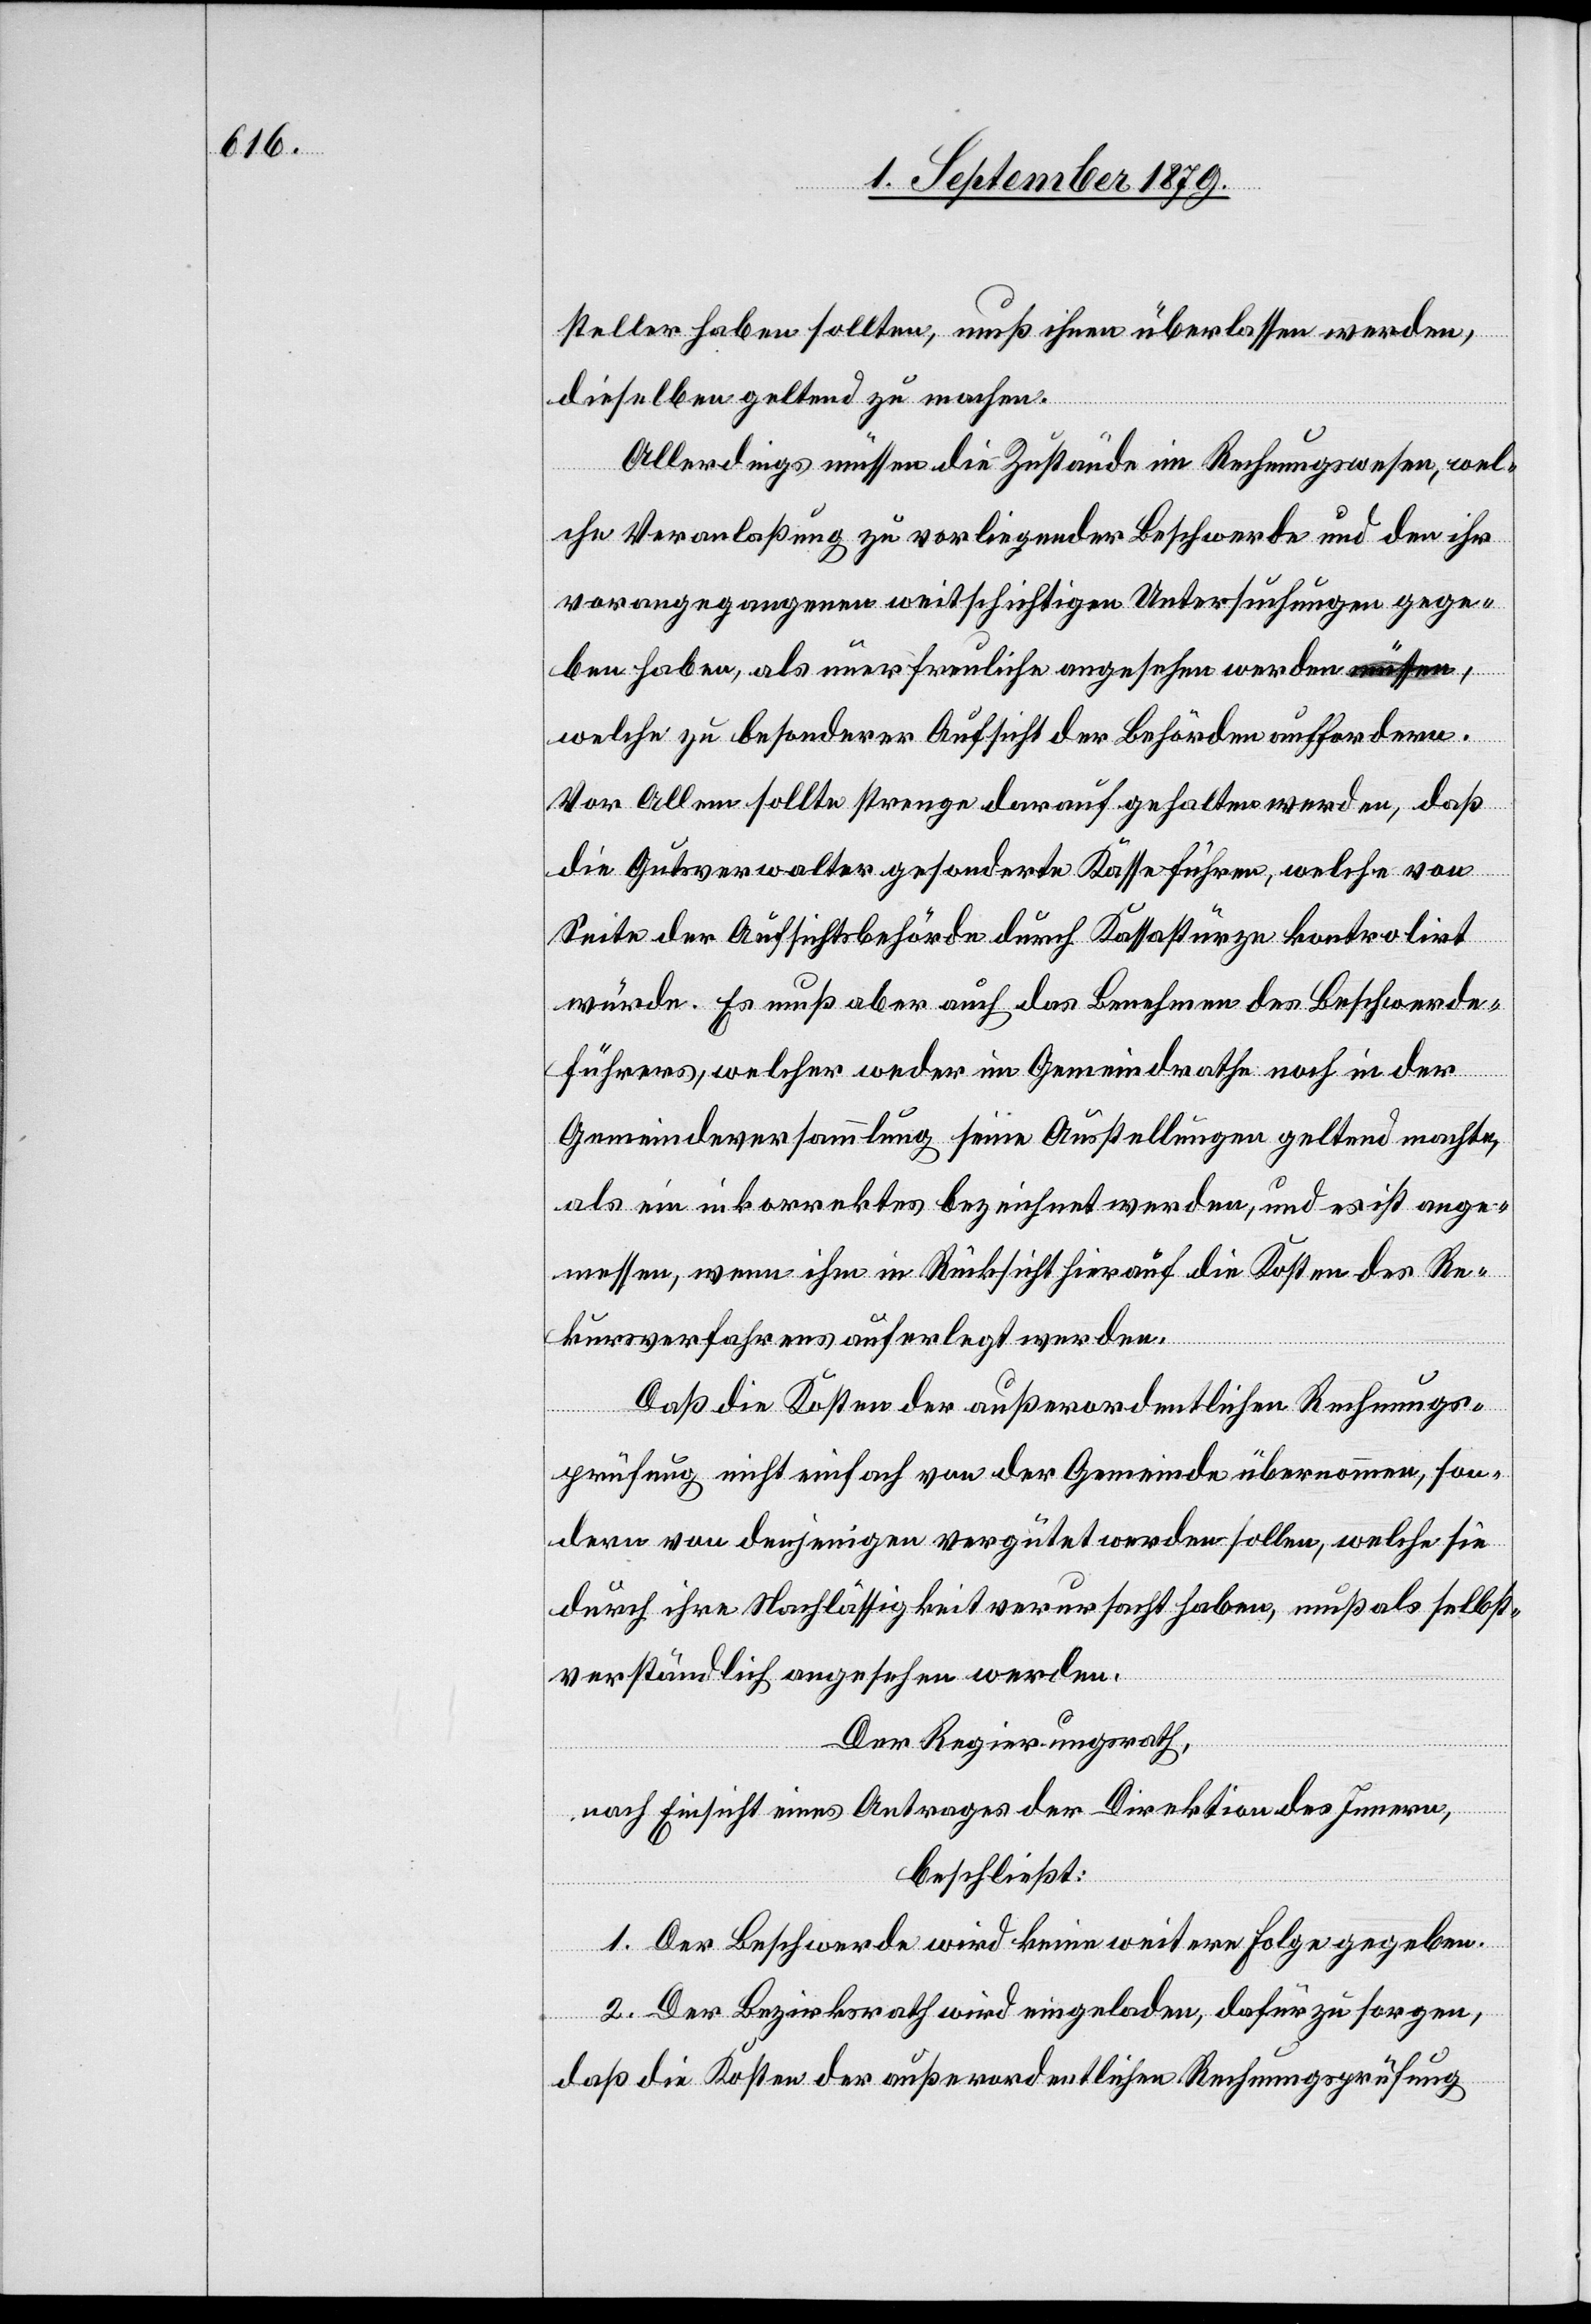
steller haben sollten, muß ihnen überlassen werden,
dieselben geltend zu machen.
Allerdings müssen die Zustände im Rechnungswesen, wel¬
che Veranlaßung zu vorliegender Beschwerde und den ihr
vorangegangenen weitschichtigen Untersuchungen gege¬
ben haben, als unerfreuliche angesehen werden müssen,
welche zu besonderer Ansicht der Behörden aufordern.
Vor Allem sollte strenge darauf gehalten werden, daß
die Gutsverwalter gesonderte Kasse führen, welche von
Seite der Aufsichtsbehörde durch Kassastürze kontrolirt
würde. Es muß aber auch das Benehmen des Beschwerde¬
führers, welcher weder im Gemeindrathe noch in der
Gemeindeversammlung seine Ausstellungen geltend machte,
las ein inkorrektes bezeichnet werde, und es ist ange¬
messen, wenn ihm in Rücksicht hierauf die Kosten des Re¬
kursverfahrens auferlegt werden.
Daß die Kosten der außerordentlichen Rechnungs¬
prüfung nicht einfach von der Gemeinde übernommen, son¬
dern von denjenigen vergütet werden sollen, welche sie
durch ihre Nachlässigkeit verursacht haben, muß als selbst¬
verständlich angesehen werden.
Der Regierungsrath,
nach Einsicht eines Antrages der Direktion des Innern,
beschließt:
1. Der Beschwerde wird keine weitere Folge gegeben.
2. Der Bezirksrath wird eingeladen, dafür zu sorgen,
daß die Kosten der außerordentlichen Rechnungsprüfung